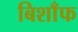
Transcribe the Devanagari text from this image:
बिशाँफ